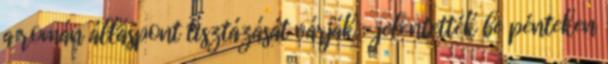
a román álláspont tisztázását várják – jelentették be pénteken